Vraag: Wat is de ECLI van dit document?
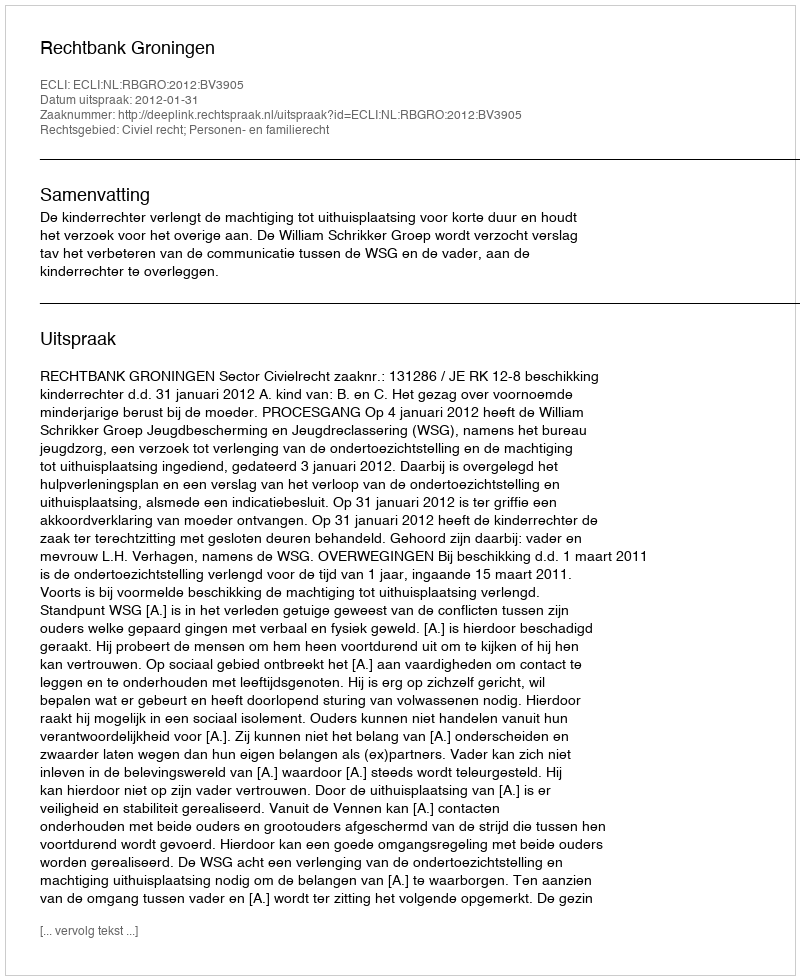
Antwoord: ECLI:NL:RBGRO:2012:BV3905